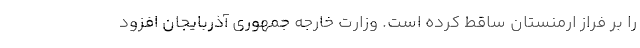
را بر فراز ارمنستان ساقط کرده است. وزارت خارجه جمهوری آذربایجان افزود